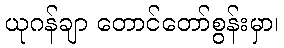
ယုဂန်ချာ တောင်တော်စွန်းမှာ၊